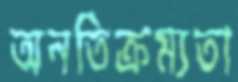
অনতিক্রম্যতা